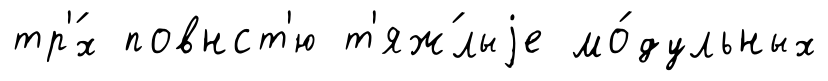
тр'́х повнст'ю т'яж́лыjе мо́дульных